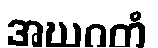
အဃဂတံ